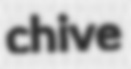
chive